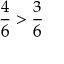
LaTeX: { \frac { 4 } { 6 } } > { \frac { 3 } { 6 } }